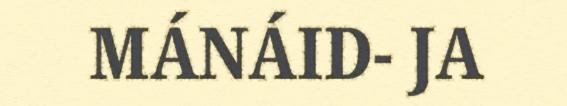
MÁNÁID- JA